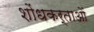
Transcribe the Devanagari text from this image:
शोंधकर्ताओं